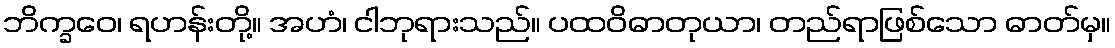
ဘိက္ခဝေ၊ ရဟန်းတို့။ အဟံ၊ ငါဘုရားသည်။ ပထဝိဓာတုယာ၊ တည်ရာဖြစ်သော ဓာတ်မှ။